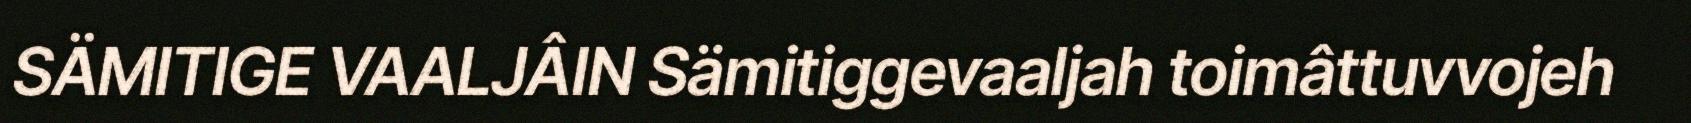
SÄMITIGE VAALJÂIN Sämitiggevaaljah toimâttuvvojeh